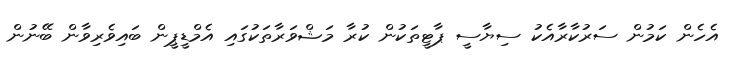
އެހެން ކަމުން ސަރުކާރާއެކު ސިޔާސީ ޕާޓީތަކުން ކުރާ މަޝްވަރާތަކުގައި އެމްޑީޕީން ބައިވެރިވާން ބޭނުން